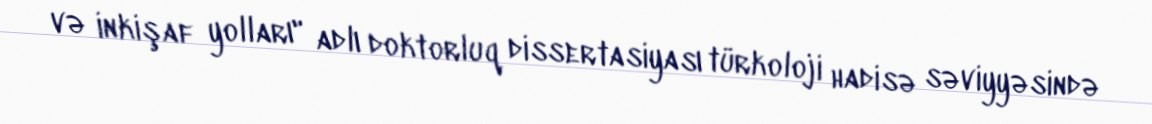
və inkişaf yolları" adlı doktorluq dissertasiyası türkoloji hadisə səviyyəsində